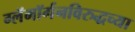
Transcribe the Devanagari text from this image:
ग्लॅमॉर्गनविरुद्धच्या